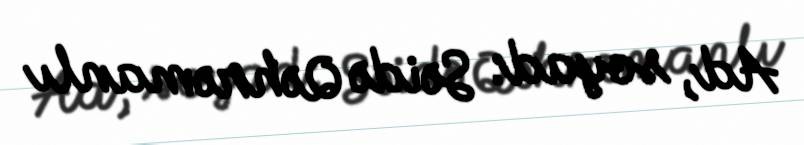
Ad, soyad: Səidə Qəhrəmanlı